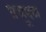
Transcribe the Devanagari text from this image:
प्रचूषण